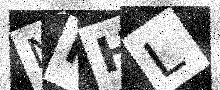
Text: NHHL